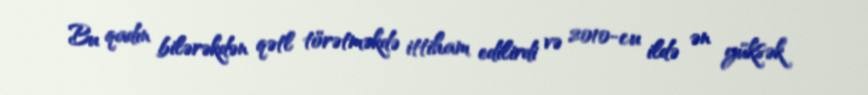
Bu qadın bilərəkdən qətl törətməkdə ittiham edilirdi və 2010-cu ildə ən yüksək